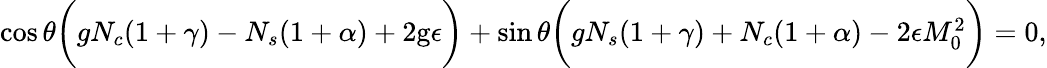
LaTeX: \begin{array}{r}{\cos\theta\bigg(gN_{c}(1+\gamma)-N_{s}(1+\alpha)+2\mathrm{g}\epsilon\bigg)+\sin\theta\bigg(gN_{s}(1+\gamma)+N_{c}(1+\alpha)-2\epsilon M_{0}^{2}\bigg)=0,}\end{array}